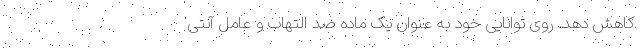
کاهش دهد. روی توانایی خود به عنوان یک ماده ضد التهاب و عامل آنتی